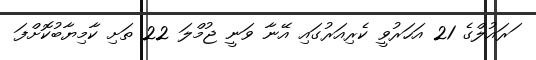
ަރައުލްގެ 21 އަހަރުވީ ކެރިއަރުގައި އޭނާ ވަނީ ޖުމްލަ 22 ތަށި ކާމިޔާބުކޮށްފަ